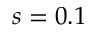
s = 0 . 1